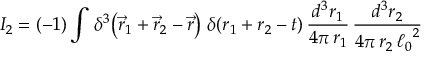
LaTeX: I _ { 2 } = ( - 1 ) \int \, \delta ^ { 3 } \! \left( { \vec { r } _ { 1 } + \vec { r } _ { 2 } - \vec { r } } \right) \, \delta ( r _ { 1 } + r _ { 2 } - t ) \, \frac { d ^ { 3 } r _ { 1 } } { 4 \pi \, r _ { 1 } } \, \frac { d ^ { 3 } r _ { 2 } } { 4 \pi \, r _ { 2 } \, { \ell _ { 0 } } ^ { 2 } }